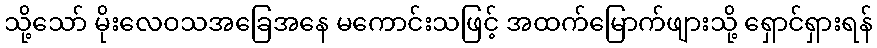
သို့သော် မိုးလေဝသအခြေအနေ မကောင်းသဖြင့် အထက်မြောက်ဖျားသို့ ရှောင်ရှားရန်